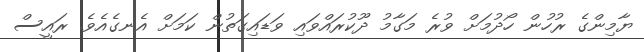
ޔާމިންގެ ރުހުން ހޯދުމަށް ވުރެ މަގާމު ދޫކުރައްވައި ވަޑައިގަތުން ކަމަށް އެނގެއެވެ. ރައީސް